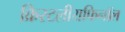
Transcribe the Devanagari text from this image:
क्रिस्टलीयफिनॉल